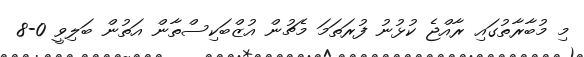
މި މުބާރާތުގައި ރާއްޖެ ކުޅުނު ފުރަތަމަ މެޗުން އުޒްބަކިސްތާން އަތުން ބަލިވީ 0-8